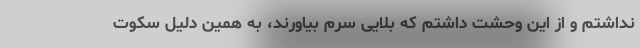
نداشتم و از این وحشت داشتم که بلایی سرم بیاورند، به همین دلیل سکوت